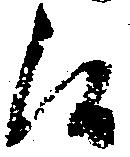
候